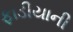
ફાડીયાની